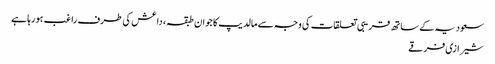
سعودیہ کے ساتھ قریبی تعلقات کی وجہ سے مالدیپ کا جوان طبقہ، داعش کی طرف راغب ہورہا ہے
شیرازی فرقے